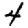
Digit: 4